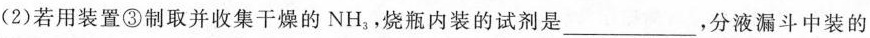
(2)若用装置③制取并收集干燥的NH_{3}，烧瓶内装的试剂是___，分液漏斗中装的